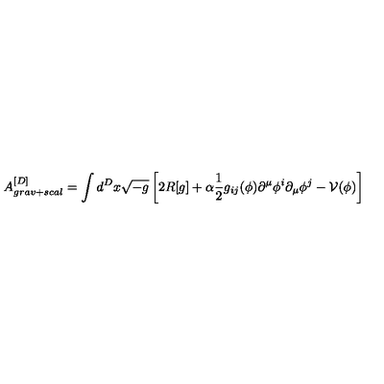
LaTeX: A _ { g r a v + s c a l } ^ { [ D ] } = \int d ^ { D } x \sqrt { - g } \left[ 2 R [ g ] + \alpha \frac { 1 } { 2 } g _ { i j } ( \phi ) \partial ^ { \mu } \phi ^ { i } \partial _ { \mu } \phi ^ { j } - \mathcal { V } ( \phi ) \right]